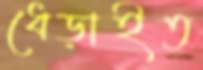
ধেড়াইত